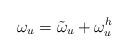
LaTeX: \begin{align*} \omega_u=\tilde{\omega}_u+\omega^h_u\end{align*}